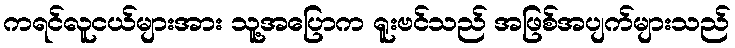
ကရင်လူငယ်များအား သူ့အပြောက ရူးဗင်သည် အဖြစ်အပျက်များသည်